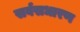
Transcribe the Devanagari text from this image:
सर्वसधारण